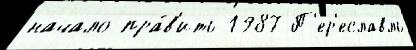
начало пра́в'ить 1987 П'ер'еславль